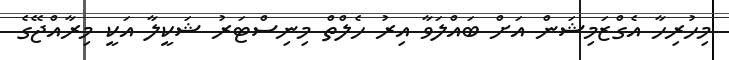
މިހުރިހާ އެގްޒަމިޝަން އަށް ބައްލަވާ އިރު ހެލްތް މިނިސްޓަރު ޝަކީލާ އަކީ މިރާއްޖޭގެ